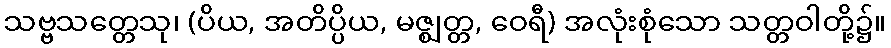
သဗ္ဗသတ္တေသု၊ (ပိယ, အတိပ္ပိယ, မဇ္ဈတ္တ, ဝေရီ) အလုံးစုံသော သတ္တဝါတို့၌။